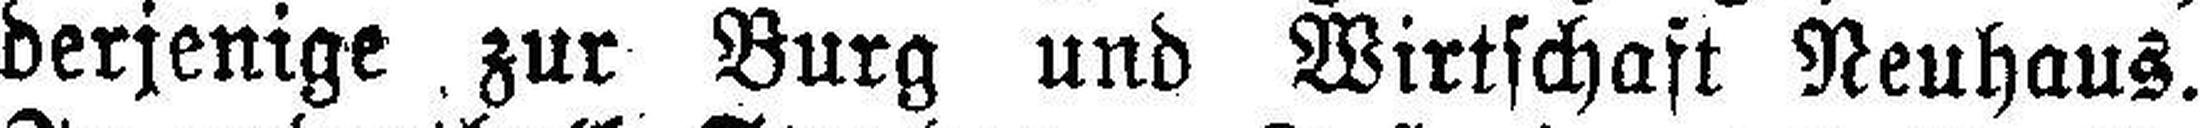
derjenige zur Burg und Wirtschaft Neuhaus.